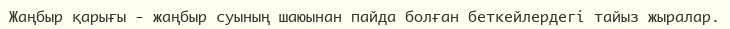
Жаңбыр қарығы - жаңбыр суының шаюынан пайда болған беткейлердегі тайыз жыралар.